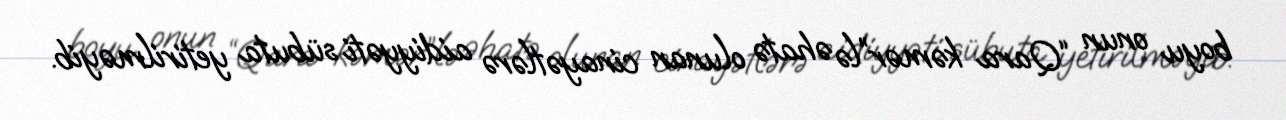
boyu onun “Qara kəmər”lə əhatə olunan cinayətlərə aidiyyəti sübuta yetirilməyib.